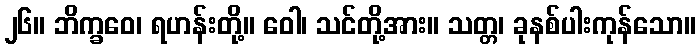
၂၆။ ဘိက္ခဝေ၊ ရဟန်းတို့။ ဝေါ၊ သင်တို့အား။ သတ္တ၊ ခုနစ်ပါးကုန်သော။